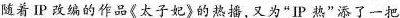
随着IP改编的作品《太子妃》的热播,又为"IP热”添了-一把